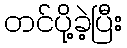
တင်ပို့ခဲ့ပြီး